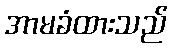
အာမခံထားသည်